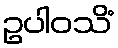
ဥပါဝသိံ